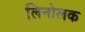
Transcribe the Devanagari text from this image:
लिनोलक